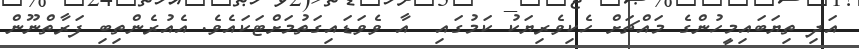
އަދި ތިޔަބައިމީހުންގެ މައްޗަށް ހެކިވެރިޔަކު ކަމުގައި  އާ ވެވަޑައިގަތުމަށްޓަކައެވެ. އެއުރެންތިބި ފަރާތްނޫން